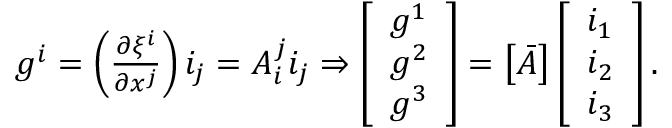
\begin{array} { r } { \boldsymbol { g ^ { i } } = \left( \frac { \partial \xi ^ { i } } { \partial x ^ { j } } \right) \boldsymbol { i _ { j } } = A _ { i } ^ { j } \boldsymbol { i _ { j } } \Rightarrow \left[ \begin{array} { l } { \boldsymbol { g ^ { 1 } } } \\ { \boldsymbol { g ^ { 2 } } } \\ { \boldsymbol { g ^ { 3 } } } \end{array} \right] = \left[ \boldsymbol { \bar { A } } \right] \left[ \begin{array} { l } { \boldsymbol { i _ { 1 } } } \\ { \boldsymbol { i _ { 2 } } } \\ { \boldsymbol { i _ { 3 } } } \end{array} \right] . } \end{array}